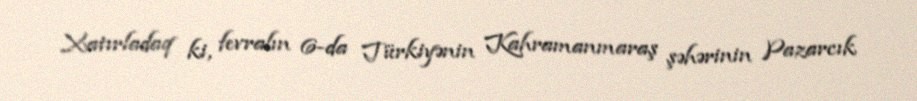
Xatırladaq ki, fevralın 6-da Türkiyənin Kahramanmaraş şəhərinin Pazarcık